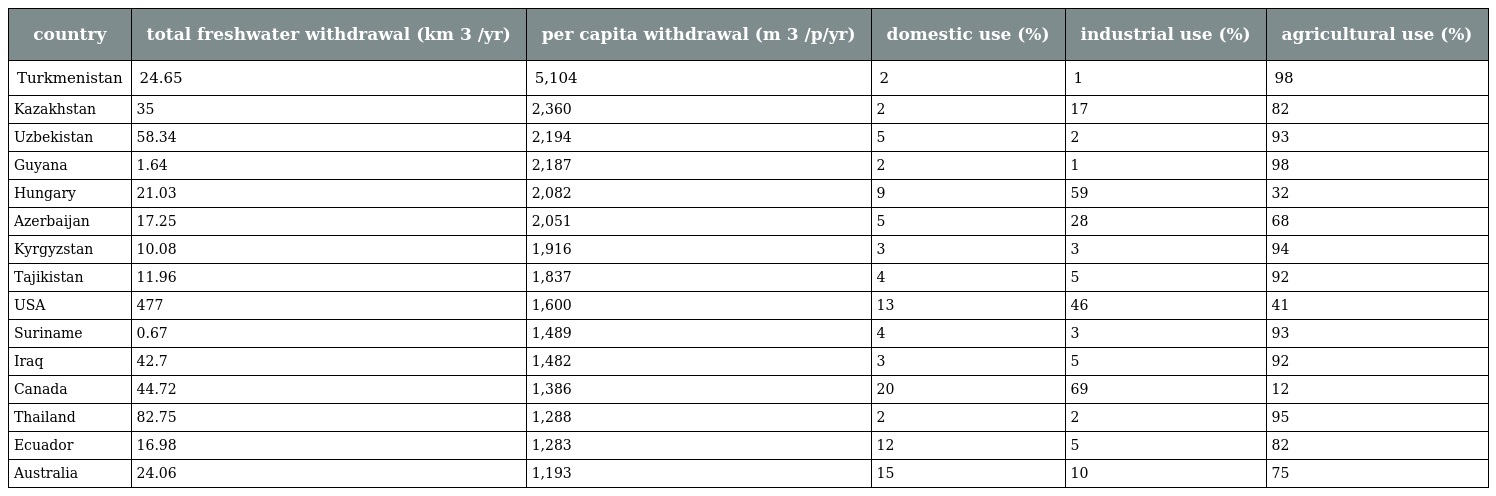
| country | total freshwater withdrawal (km 3 /yr) | per capita withdrawal (m 3 /p/yr) | domestic use (%) | industrial use (%) | agricultural use (%) |
 | --- | --- | --- | --- | --- | --- |
 | Turkmenistan | 24.65 | 5,104 | 2 | 1 | 98 |
 | Kazakhstan | 35 | 2,360 | 2 | 17 | 82 |
 | Uzbekistan | 58.34 | 2,194 | 5 | 2 | 93 |
 | Guyana | 1.64 | 2,187 | 2 | 1 | 98 |
 | Hungary | 21.03 | 2,082 | 9 | 59 | 32 |
 | Azerbaijan | 17.25 | 2,051 | 5 | 28 | 68 |
 | Kyrgyzstan | 10.08 | 1,916 | 3 | 3 | 94 |
 | Tajikistan | 11.96 | 1,837 | 4 | 5 | 92 |
 | USA | 477 | 1,600 | 13 | 46 | 41 |
 | Suriname | 0.67 | 1,489 | 4 | 3 | 93 |
 | Iraq | 42.7 | 1,482 | 3 | 5 | 92 |
 | Canada | 44.72 | 1,386 | 20 | 69 | 12 |
 | Thailand | 82.75 | 1,288 | 2 | 2 | 95 |
 | Ecuador | 16.98 | 1,283 | 12 | 5 | 82 |
 | Australia | 24.06 | 1,193 | 15 | 10 | 75 |